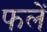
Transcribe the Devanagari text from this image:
फलें